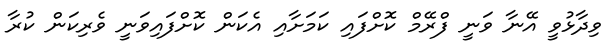
ވިދާޅުވީ އޭނާ ވަނީ ފްރޭމް ކޮށްފައި ކަމަށާއި އެކަން ކޮށްފައިވަނީ ވެރިކަން ކުރާ